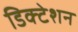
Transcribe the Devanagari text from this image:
डिक्‍टेशन